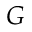
G